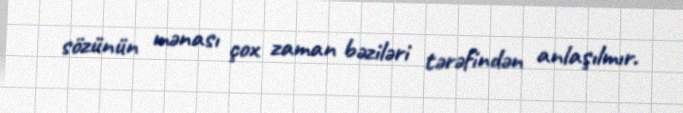
sözünün mənası çox zaman bəziləri tərəfindən anlaşılmır.